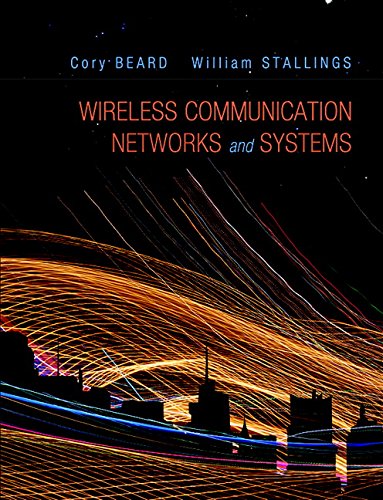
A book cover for Wireless Communication Networks and Systems; Cory Beard; Computers & Technology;